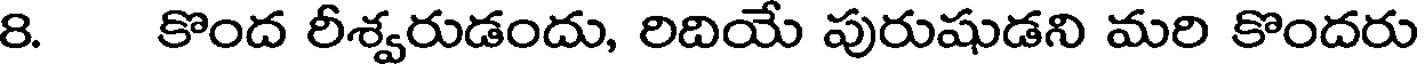
8. కొంద రీశ్వరుడందు, రిదియే పురుషుడని మరి కొందరు